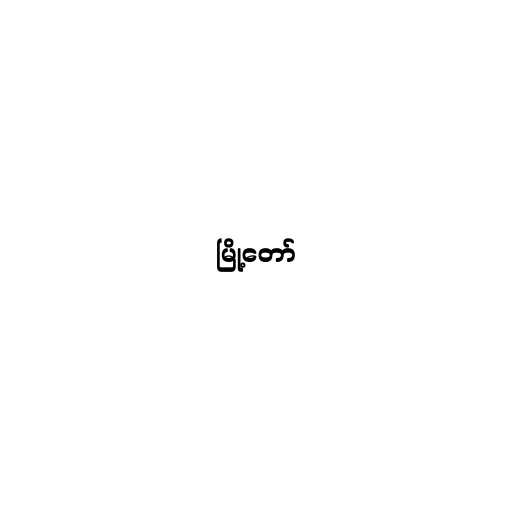
မြို့တော်